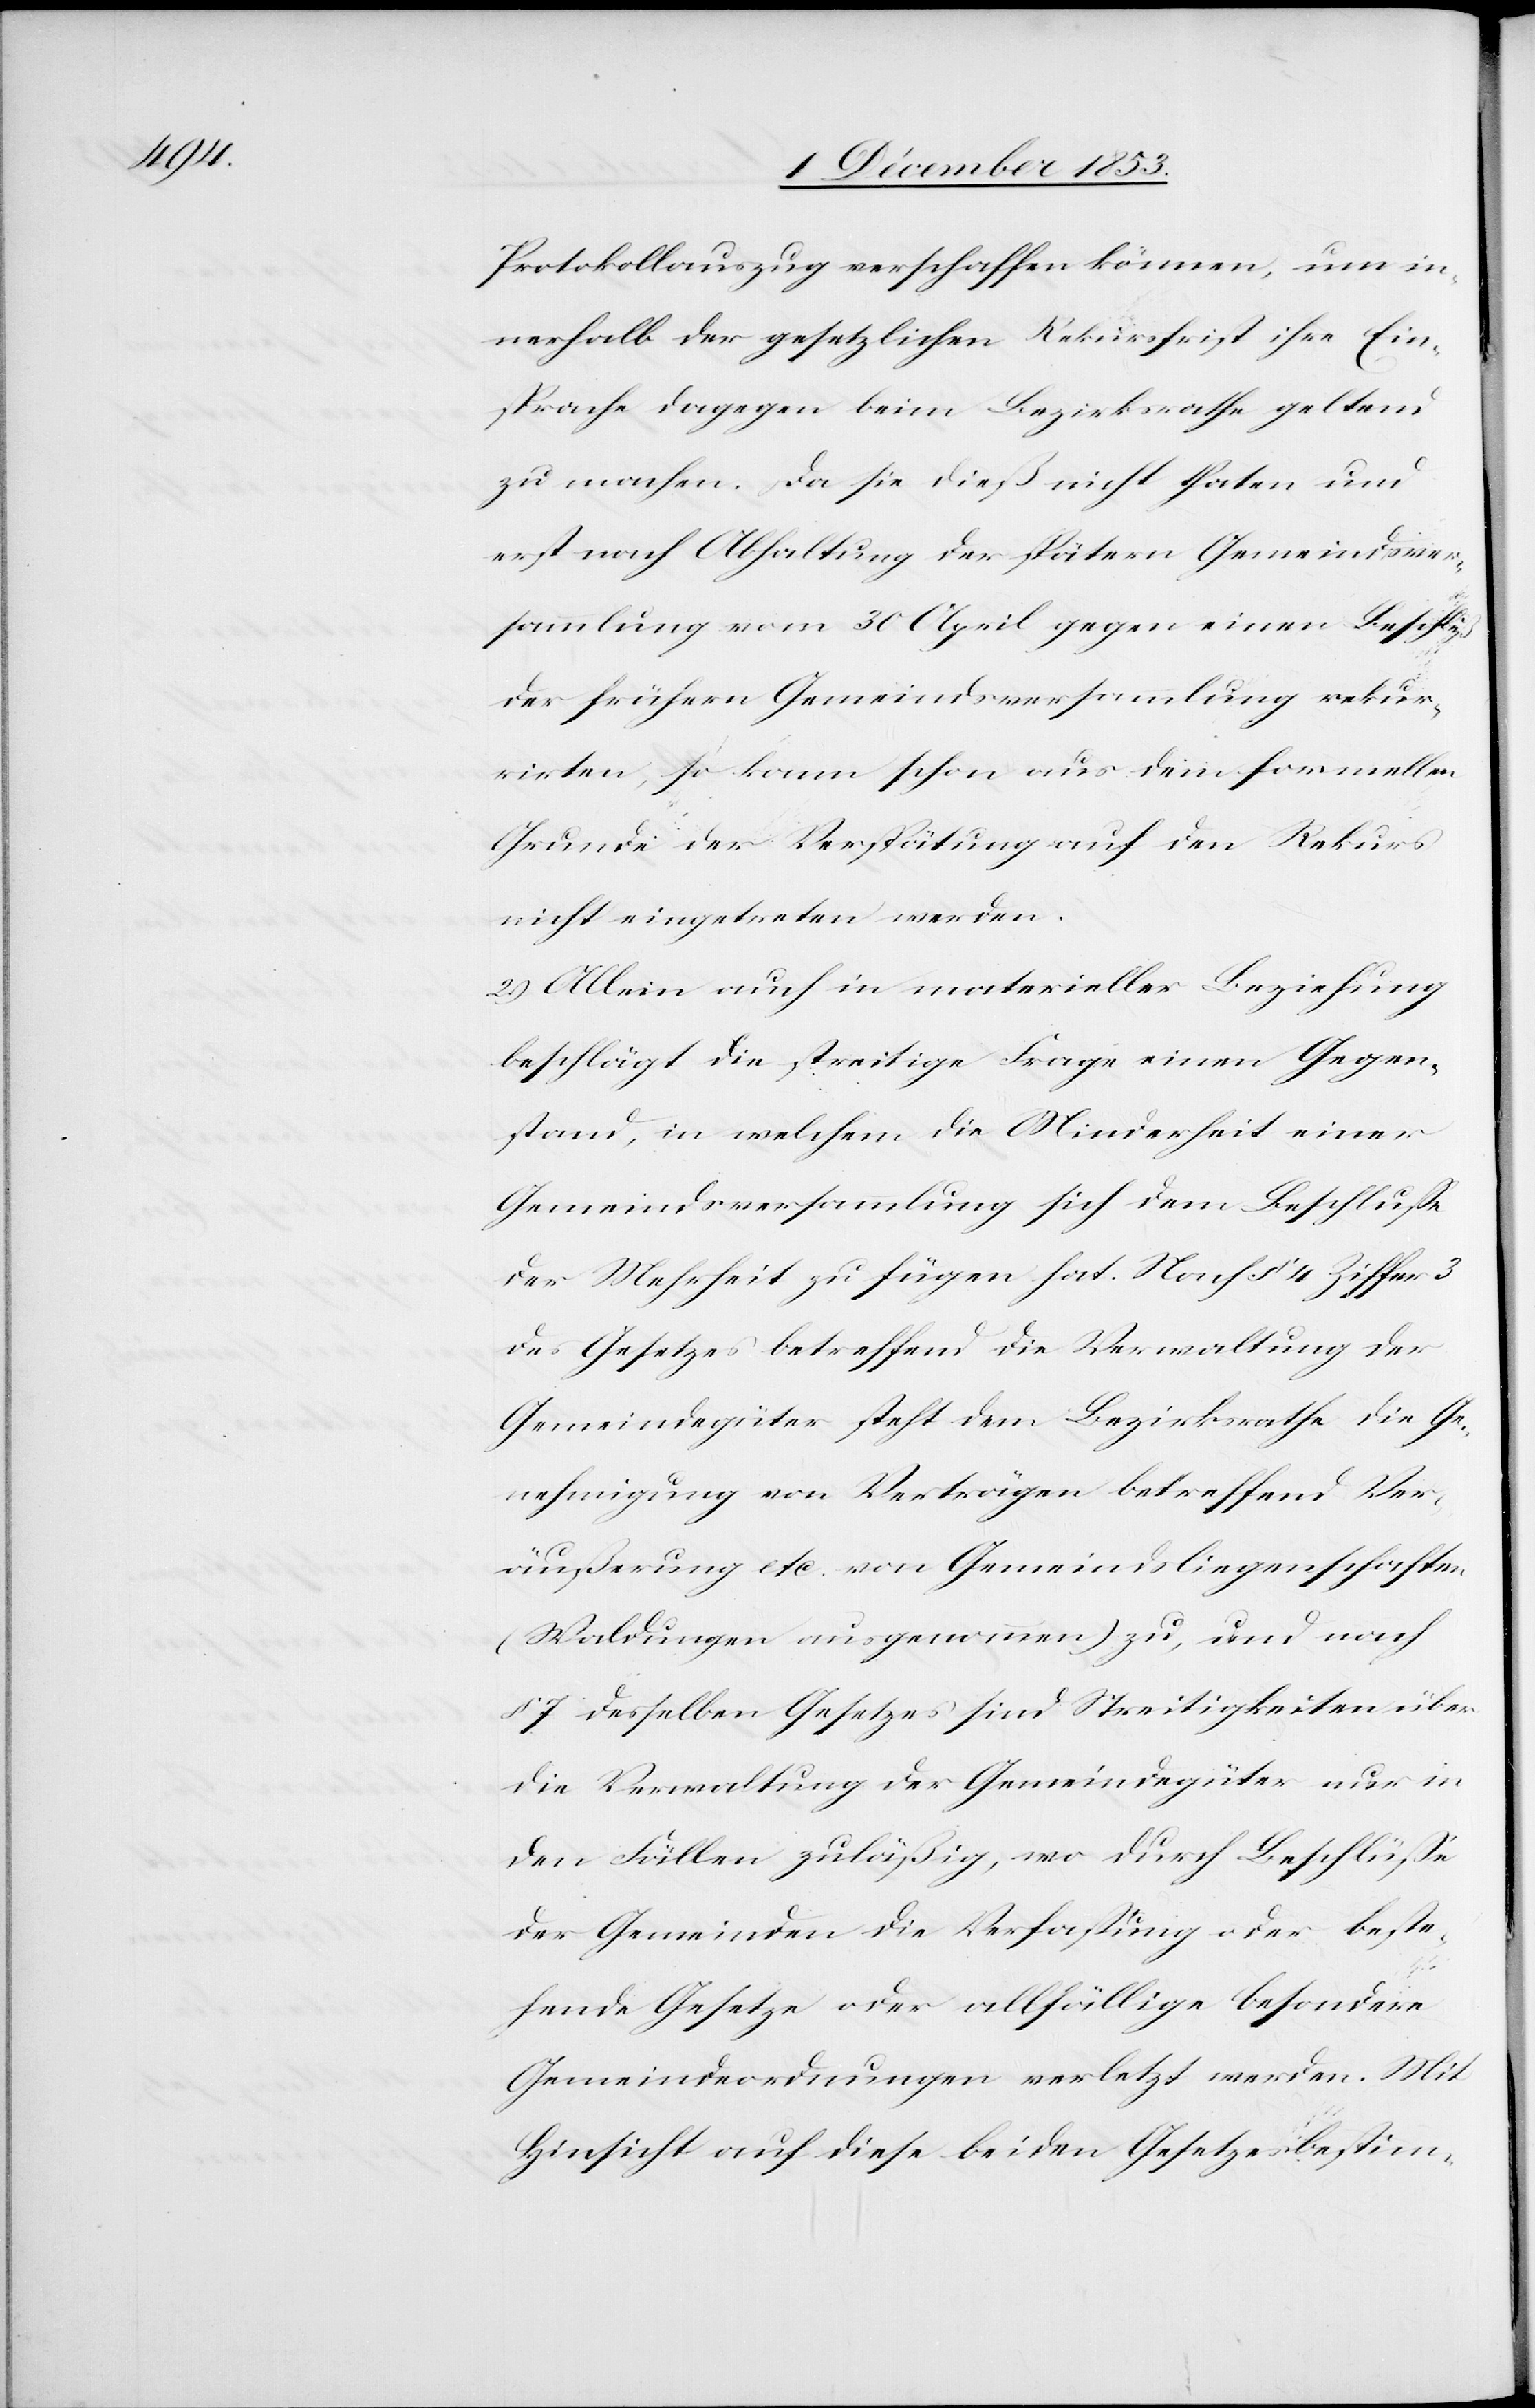
Protokollsauszug verschaffen können, um in¬
nerhalb der gesetzlichen Rekursfrist ihre Ein¬
sprache dagegen beim Bezirksrathe geltend
zu machen. Da sie dieß nicht thaten und
erst noch Abhaltung der spätern Gemeindsver¬
sammlung vom 30 April gegen einen Beschluß
der frühern Gemeindsversammlung rekur¬
rirten, so kann schon aus dem formellen
Grunde der Verspätung auf den Rekurs
nicht eingetreten werden.
2.) Allein auch in materieller Beziehung
beschlägt die streitige Frage einen Gegen¬
stand, in welchem die Minderheit einer
Gemeindsversammlung sich dem Beschluße
der Mehrheit zu fügen hat. Nach § 4 Ziffer 3
des Gesetzes betreffend die Verwaltung der
Gemeindsgüter steht dem Bezirksrathe die Ge¬
nehmigung von Verträgen betreffend Ver¬
äußerung etc. von Gemeindsliegenschaften
(Waldungen, ausgenommen) zu, und nach
die Verwaltung der Gemeindsgüter nur in
den Fällen zuläßig, wo durch Beschlüße
der Gemeinden die Verfaßung oder beste¬
sind
hende Gesetze oder allfällige besondere
Gemeindeordnungen verletzt werden. Mit
Hinsicht auf diese beiden Gesetzesbestim-